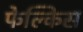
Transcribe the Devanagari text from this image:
फेल्किस